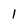
Character: l